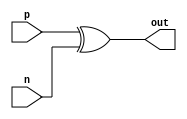
module differential_buffer (
    input p,
    input n,
    output reg out
);

assign out = p ^ n; // Perform signal inversion

endmodule